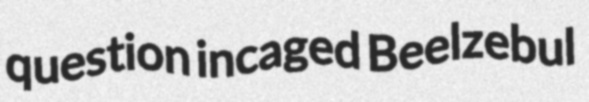
question incaged Beelzebul